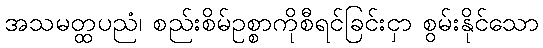
အသမတ္ထပညံ၊ စည်းစိမ်ဥစ္စာကိုစီရင်ခြင်းငှာ စွမ်းနိုင်သော